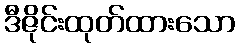
ဒီဇိုင်းထုတ်ထားသော